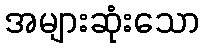
အများဆုံးသော